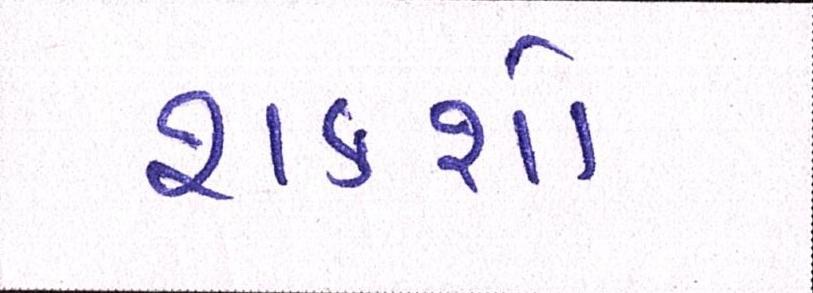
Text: શકશો